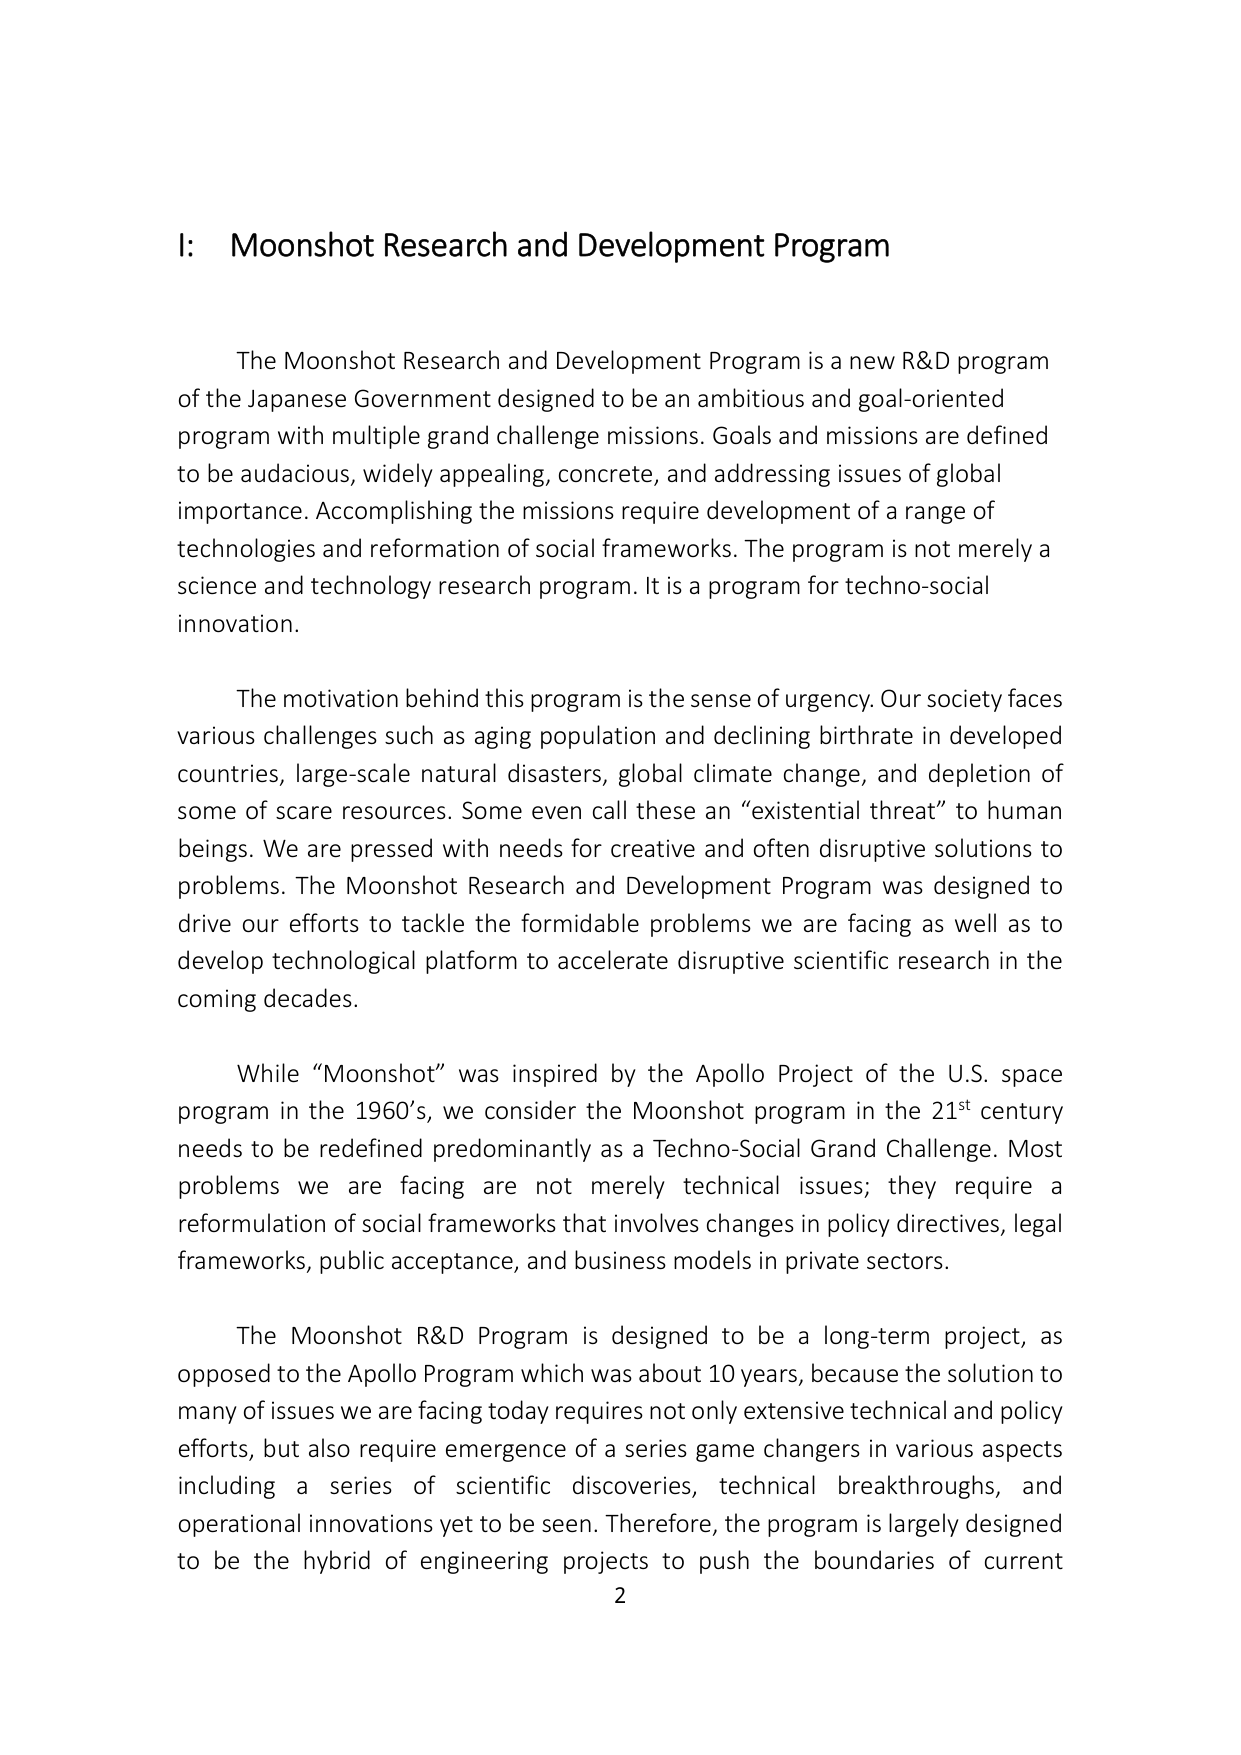
I: Moonshot Research and Development Program

The Moonshot Research and Development Program is a new R&D program of the Japanese Government designed to be an ambitious and goal-oriented program with multiple grand challenge missions. Goals and missions are defined to be audacious, widely appealing, concrete, and addressing issues of global importance. Accomplishing the missions require development of a range of technologies and reformation of social frameworks. The program is not merely a science and technology research program. It is a program for techno-social innovation.

The motivation behind this program is the sense of urgency. Our society faces various challenges such as aging population and declining birthrate in developed countries, large-scale natural disasters, global climate change, and depletion of some of scare resources. Some even call these an “existential threat” to human beings. We are pressed with needs for creative and often disruptive solutions to problems. The Moonshot Research and Development Program was designed to drive our efforts to tackle the formidable problems we are facing as well as to develop technological platform to accelerate disruptive scientific research in the coming decades.

While “Moonshot” was inspired by the Apollo Project of the U.S. space program in the 1960’s, we consider the Moonshot program in the 21st century needs to be redefined predominantly as a Techno-Social Grand Challenge. Most problems we are facing are not merely technical issues; they require a reformulation of social frameworks that involves changes in policy directives, legal frameworks, public acceptance, and business models in private sectors.

The Moonshot R&D Program is designed to be a long-term project, as opposed to the Apollo Program which was about 10 years, because the solution to many of issues we are facing today requires not only extensive technical and policy efforts, but also require emergence of a series game changers in various aspects including a series of scientific discoveries, technical breakthroughs, and operational innovations yet to be seen. Therefore, the program is largely designed to be the hybrid of engineering projects to push the boundaries of current

2